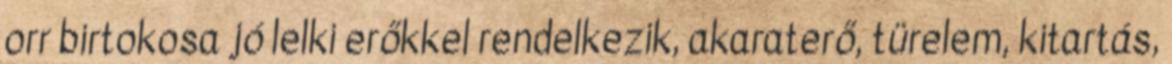
orr birtokosa jó lelki erőkkel rendelkezik, akaraterő, türelem, kitartás,